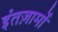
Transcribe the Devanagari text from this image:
इंतज़ामों